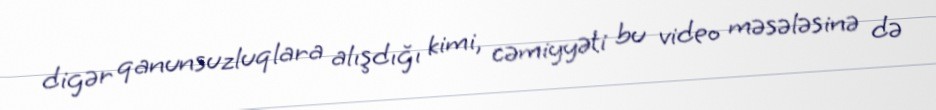
digər qanunsuzluqlara alışdığı kimi, cəmiyyəti bu video məsələsinə də